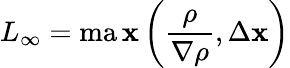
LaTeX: L_{\infty}=\operatorname*{ma\mathbf{x}}\left(\frac{{\rho}}{{\nabla\rho}},\Delta\mathbf{x}\right)